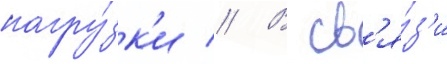
нагру́зк'и // В св'я́з'и